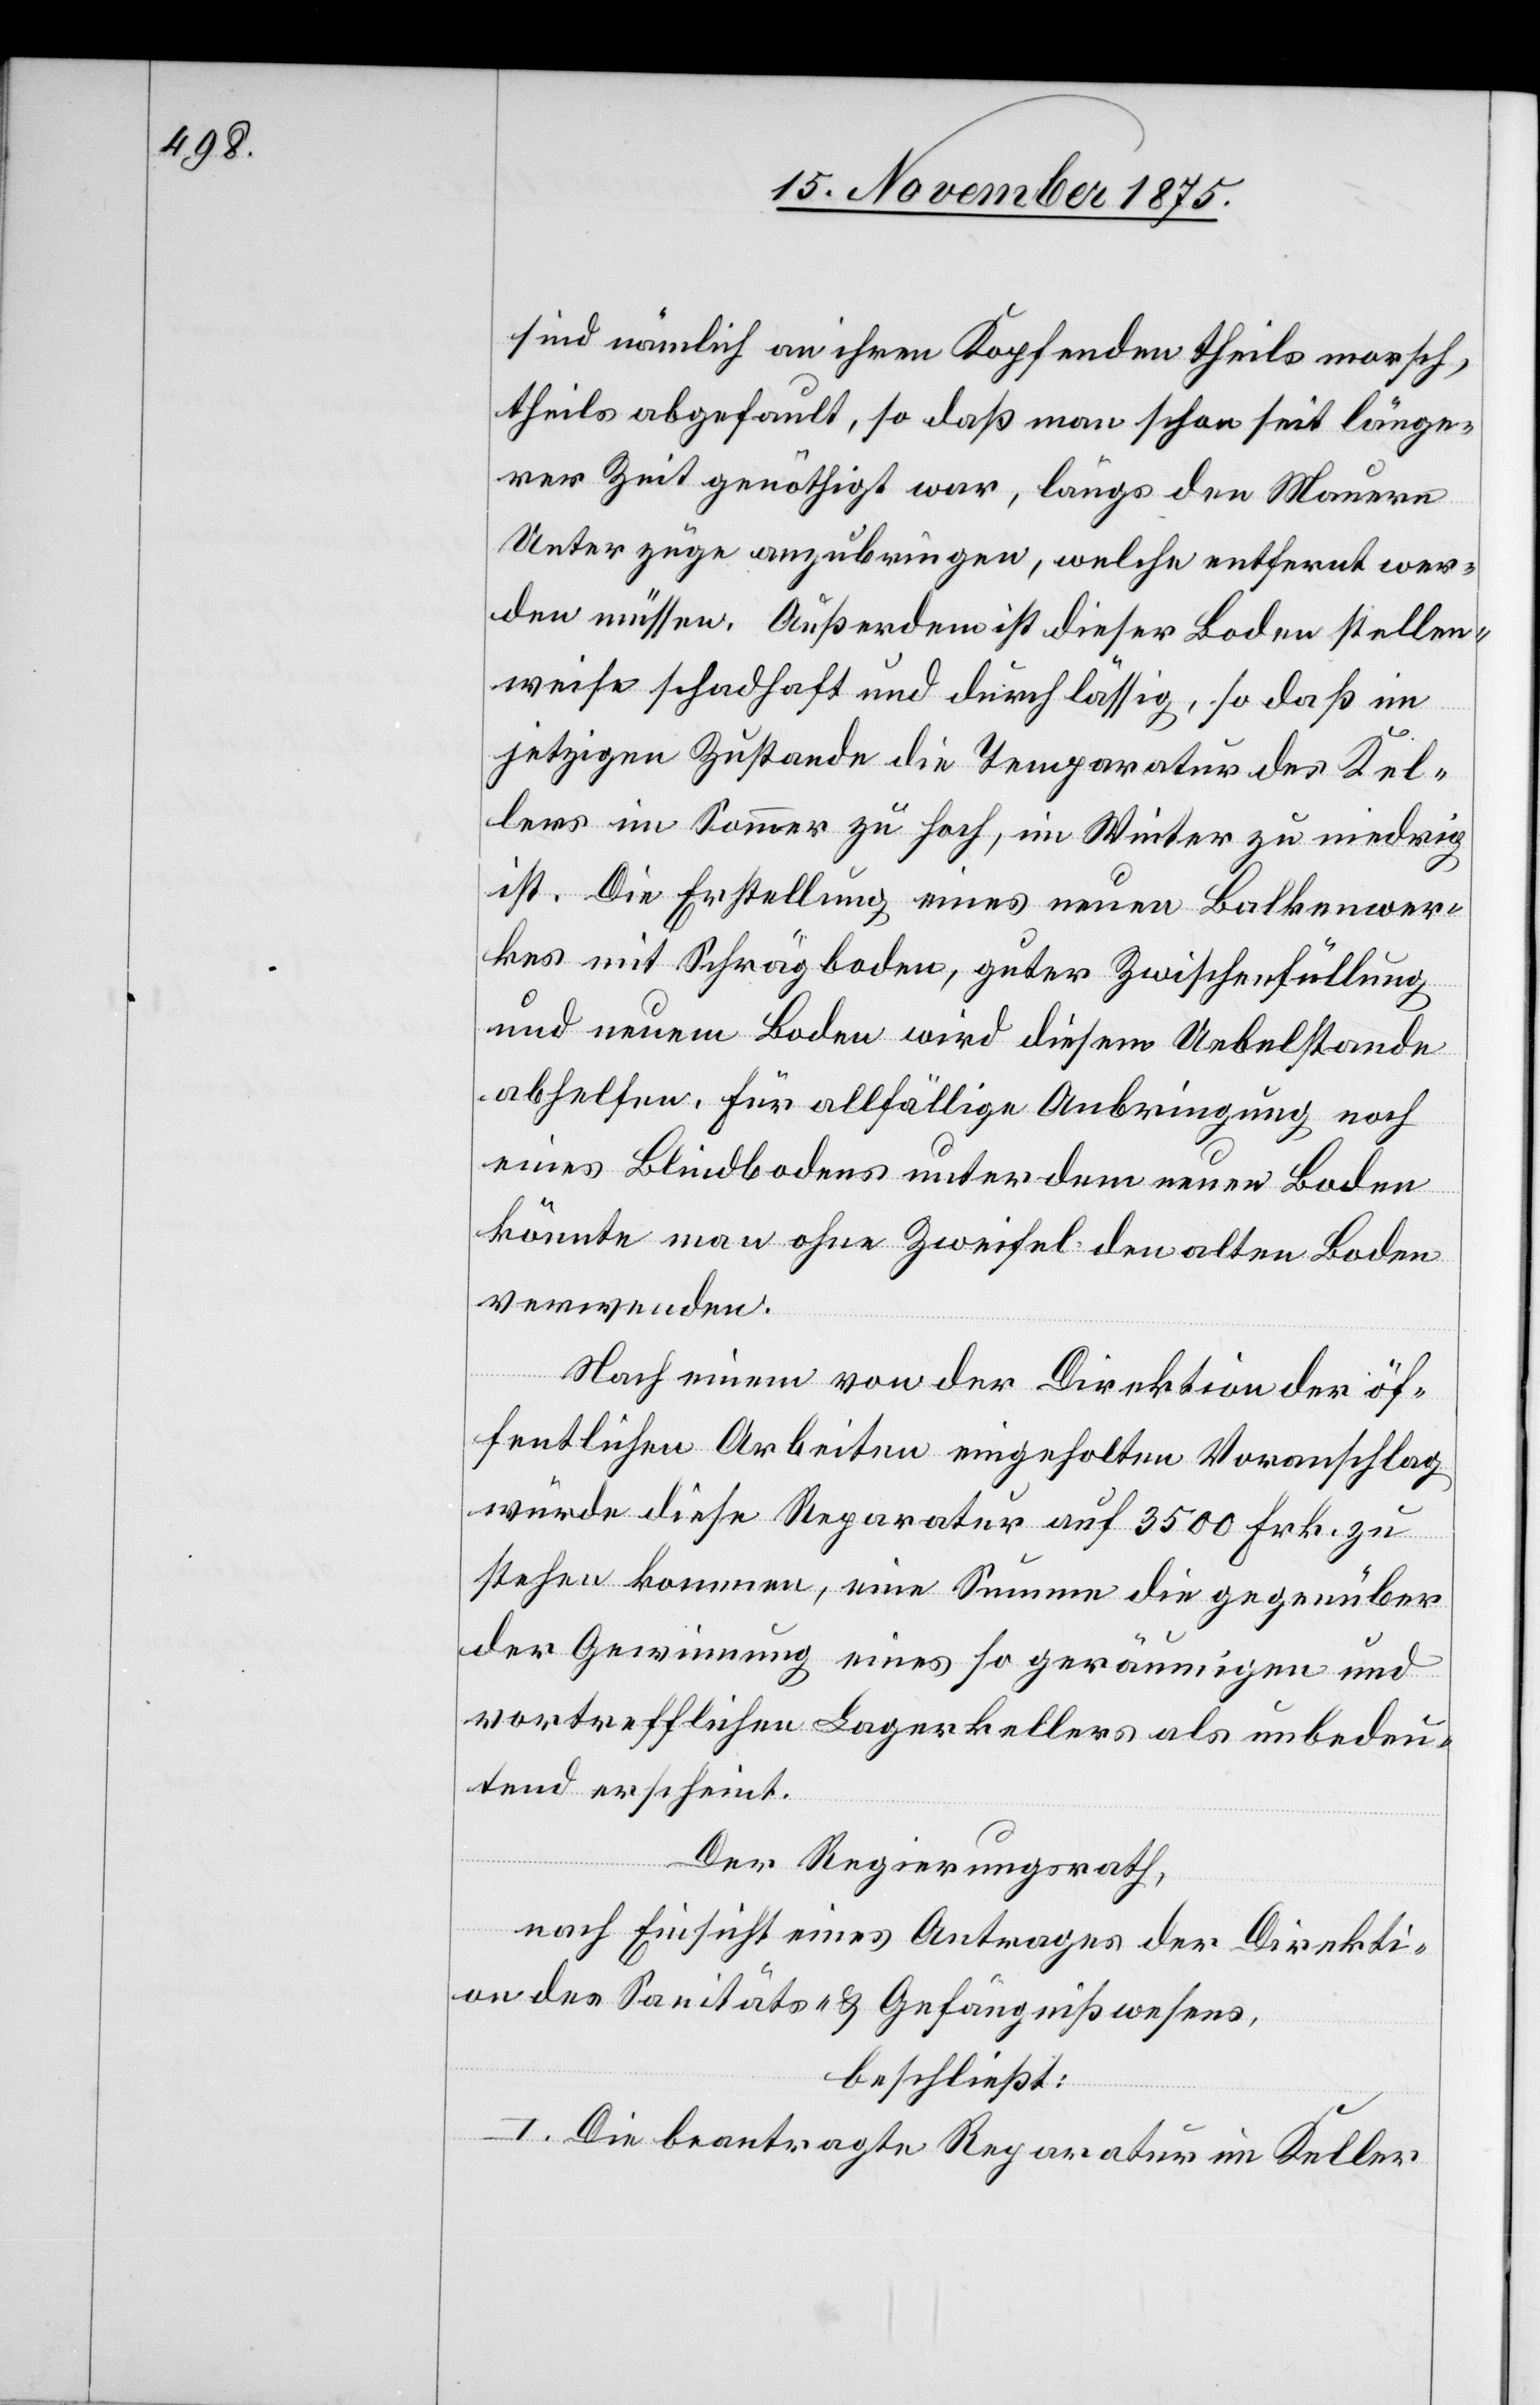
sind nämlich an ihren Kopfenden theils morsch,
theils abgefault, so daß man schon seit länge¬
rer Zeit genöthigt war, längs der Mauern
Unterzüge anzubringen, welche entfernt wer¬
den müssen. Außerdem ist dieser Boden stellen¬
weise schadhaft und durchlässig, so daß im
jetzigen Zustande die Temperatur des Kel¬
lers im Sommer zu hoch, im Winter zu niedrig
ist. Die Erstellung eines neuen Balkenwer¬
kes mit Schrägboden, guter Zwischenfüllung
und neuem Boden wird diesem Uebelstande
abhelfen. Für allfällige Anbringung noch
eines Blindbodens unter dem neuen Boden
könnte man ohne Zweifel den alten Boden
verwenden.
Nach einem von der Direktion der öf¬
fentlichen Arbeiten eingeholten Voranschlag
würde diese Reparatur auf 3500 Frk. zu
stehen kommen, eine Summe die gegenüber
der Gewinnung eines so geräumigen und
vortrefflichen Lagerkellers als unbedeu¬
tend erscheint.
Der Regierungsrath,
nach Einsicht eines Antrages der Direkti¬
on des Sanitäts- & Gefängnißwesens,
beschließt:
I. Die beantragte Reparatur im Keller